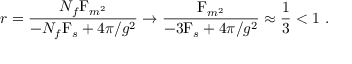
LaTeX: r = \frac { N _ { f } \mathrm { F } _ { m ^ { 2 } } } { - N _ { f } \mathrm { F } _ { s } + 4 \pi / g ^ { 2 } } \rightarrow \frac { \mathrm { F } _ { m ^ { 2 } } } { - 3 \mathrm { F } _ { s } + 4 \pi / g ^ { 2 } } \approx \frac 1 3 < 1 \ .